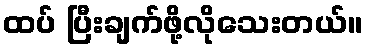
ထပ် ပြီးချက်ဖို့လိုသေးတယ်။